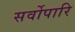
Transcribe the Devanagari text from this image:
सर्वोपारि